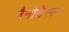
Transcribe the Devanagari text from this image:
नैनोटेस्ला